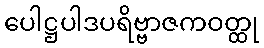
ပေါဋ္ဌပါဒပရိဗ္ဗာဇကဝတ္ထု